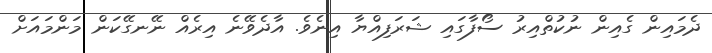
ދެމައިން ގެއިން ނުކުތްއިރު ސޯފާގައި ޝަރަފިއްޔާ އިނެވެ. އާދެވޭނެ އިރެއް ނޭނގޭކަން މަންމައަށް